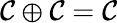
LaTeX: \mathcal{C}\oplus\mathcal{C}=\mathcal{C}